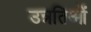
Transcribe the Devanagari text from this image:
उन्नतिओं